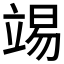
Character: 𥪔